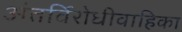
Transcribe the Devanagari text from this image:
अंतर्विरोधीवाहिका